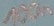
Text: 100n